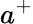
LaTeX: a^{+}